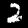
Digit: 2